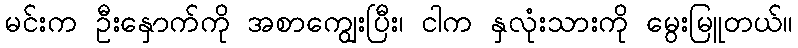
မင်းက ဦးနှောက်ကို အစာကျွေးပြီး၊ ငါက နှလုံးသားကို မွေးမြူတယ်။